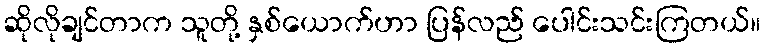
ဆိုလိုချင်တာက သူတို့ နှစ်ယောက်ဟာ ပြန်လည် ပေါင်းသင်းကြတယ်။